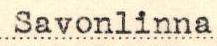
Savonlinna